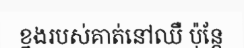
ខ្នងរបស់គាត់នៅឈឺ ប៉ុន្តែ